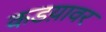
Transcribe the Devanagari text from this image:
कडय़ावर